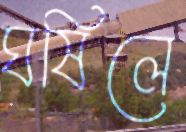
ঘষিলে